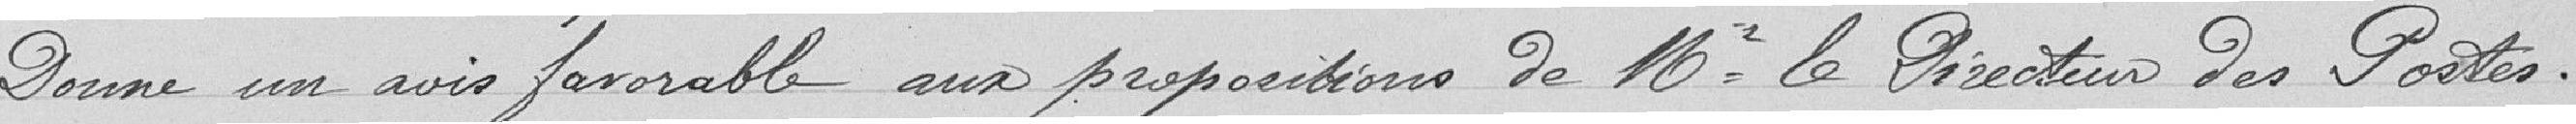
Donne un avis favorable aux propositions de Mr Le Directeur des Postes.